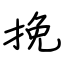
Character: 挽